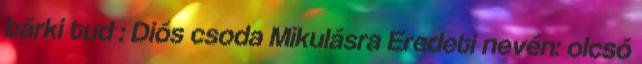
bárki tud : Diós csoda Mikulásra Eredeti nevén: olcsó